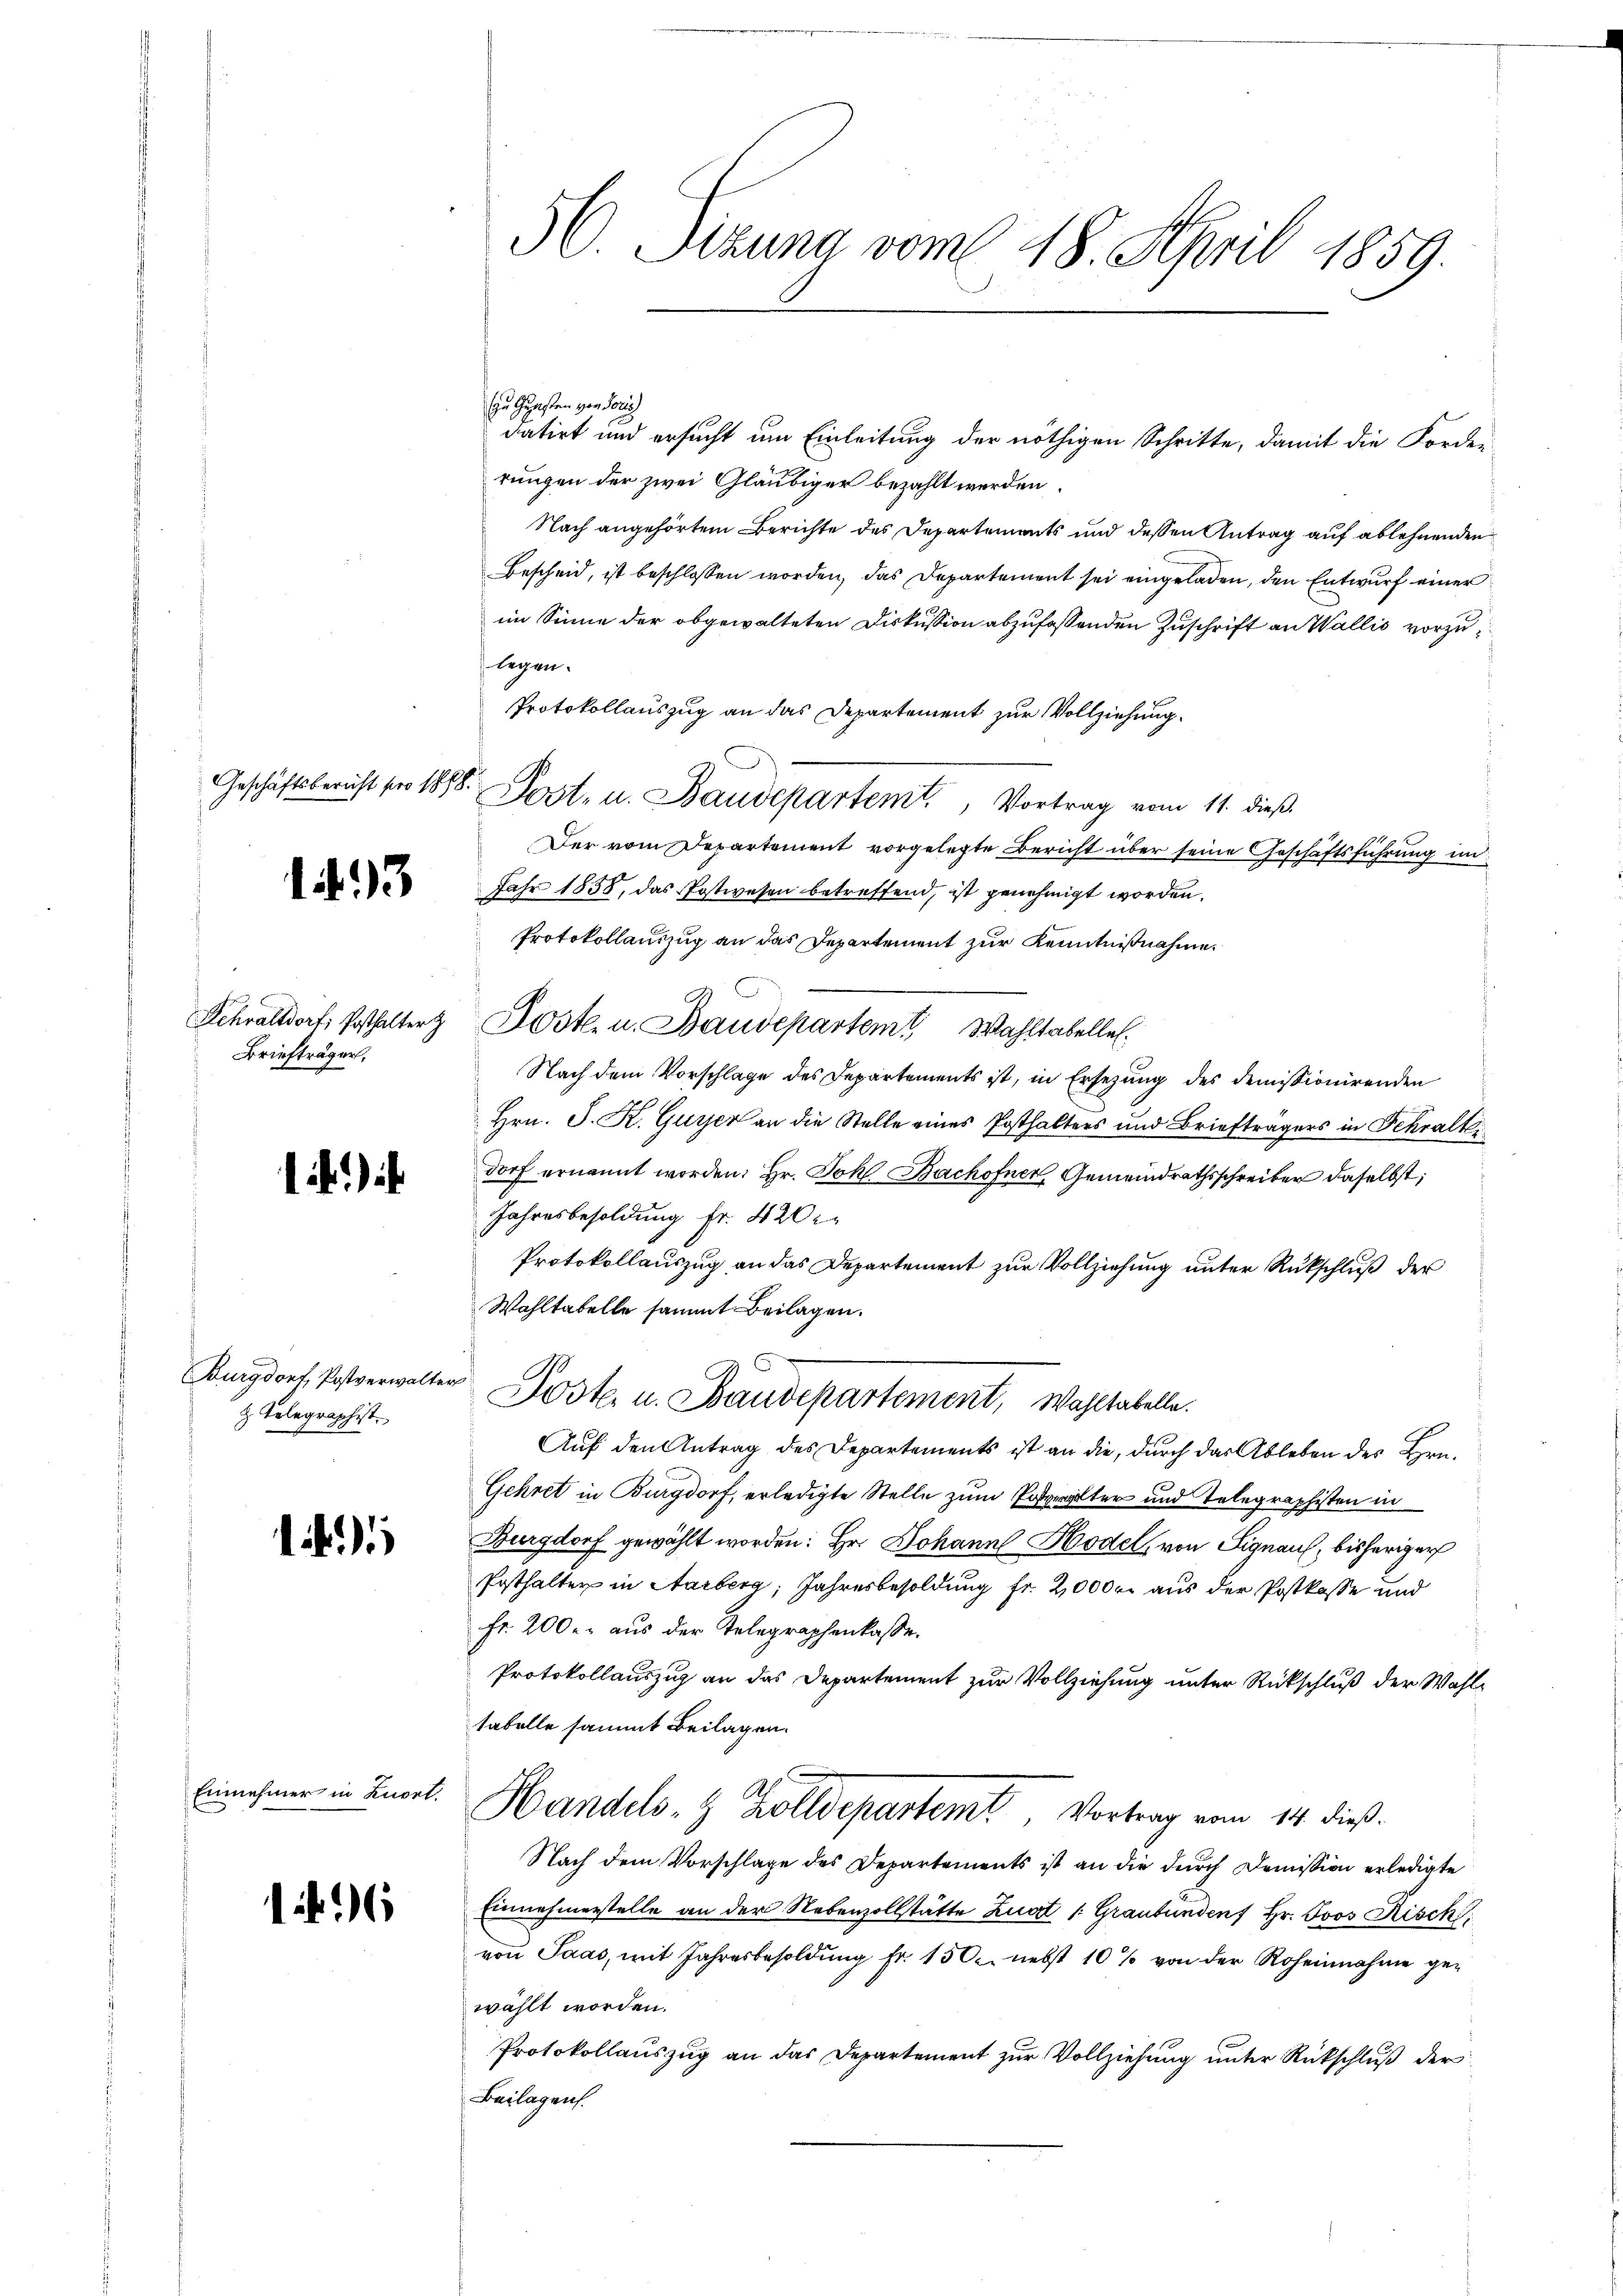
Geschäftsbericht pro 1888.

193

Briefträger,

1)

Telegraphist.

Einnehmer in Kapel.

16

56. Sitzung vom 18. April 1859.

u Jugesten von Paris
datirt und ersucht um Einleitung der nöthigen Schritte, damit die Forde-
rungen der zwei Gläubiger bezahlt werden.
Nach angehörtem Berichte des Departements und dessen Antrag auf ablehnenden
Bescheid, ist beschlossen worden, das Departement sei eingeladen, den Entwurf einer
im Sinne der obgewalteten Diskussion abzufassenden Zuschrift an Wallis vorzulegen.
Protokollauszug an das Departement zur Vollziehung.
Post- u. Baudepartemt, Vortrag vom 11. dieß
Der vom Departement vorgelegte Bericht über seine Geschäftsführung im
Jahr 1858, das Postwesen betreffend, ist genehmigt worden.
Protokollauszug an das Departement zur Kenntnißnahme
Schalldort, sothalter Post- u. Baudepartem Wahltabelle.
Nach dem Vorschlage des Departements ist, in Ersezung des demissionirenden
Hrn. J. K. Gujer an die Stelle eines Posthalters und Briefträgers in Schraltli
dorf ernannt worden: Hr. Joh. Bachofner Gemeindrathsschreiber daselbst;
Jahresbesoldung Fr. 420.
Protokollauszug an das Departement zur Vollziehung unter Rückschluß der
Wahltabelle sammt Beilagen.
Burgdort, Postverwalter Poste. u. Baudepartement, Wahltabelle.
Auf den Antrag des Departements ist an die, durch das Ableben des Hrn.
Gehret in Burgdorf, erledigte Stelle zum Pater und Telegraphisten in
Burgdorf gewählt worden: Hr. Johann Hodel, von Signau, bisheriger
Posthalter in Aarberg, Jahresbesoldung fr. 20000. aus der Postkasse und
Fr. 200. aus der Telegraphenkasse.
Protokollauszug an das Departement zur Vollziehung unter Rückschluß der Wahltabelle sammt Beilagen.
Handels- & Zolldepartemt, Vortrag vom 14. dieß.
Nach dem Vorschlage des Departements ist an die durch Domission erledigte
Ennnehmerstelle an der Nebenzollstätte Zuat /: Graubünden Hr. Joos Risch
von Paas, mit Jahresbesoldŭng fr. 1500. nebst 10 % von der Roheinahme gewählt worden.
Protokollauszug an das Departement zur Vollziehung unter Rückschluß der
Beilagen.